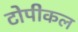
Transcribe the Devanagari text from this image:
टोपीकल